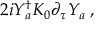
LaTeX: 2 i Y _ { a } ^ { \dagger } K _ { 0 } \partial _ { \tau } Y _ { a } \; ,